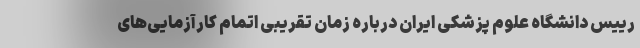
رییس دانشگاه علوم پزشکی ایران درباره زمان تقریبی اتمام کارآزمایی‌های